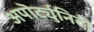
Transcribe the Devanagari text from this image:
अपॊर्ट्युनिटी